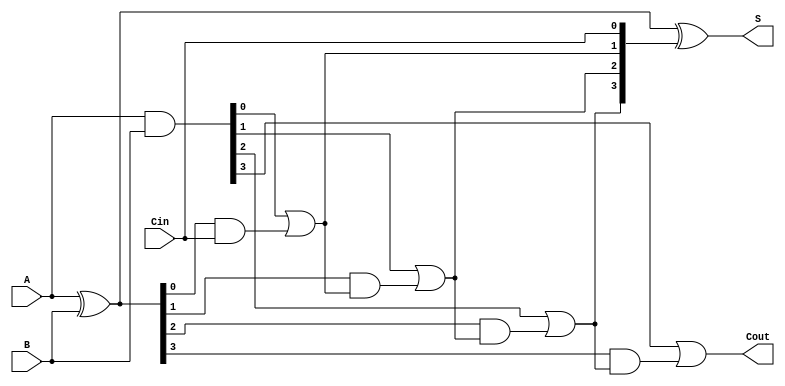
module manchester_carry_chain_adder (
    input  [3:0] A,     // 4-bit input A
    input  [3:0] B,     // 4-bit input B
    input        Cin,    // Carry-in
    output [3:0] S,     // 4-bit sum output
    output       Cout    // Carry-out
);
    wire [3:0] P;  // Propagate signals
    wire [3:0] G;  // Generate signals
    wire [3:0] C;  // Carry signals

    // Generate and propagate signals
    assign P = A ^ B;     // Propagate: P[i] = A[i] XOR B[i]
    assign G = A & B;     // Generate: G[i] = A[i] AND B[i]

    // Carry computation using Manchester carry chain logic
    assign C[0] = G[0] | (P[0] & Cin);  // Carry out from bit 0
    assign C[1] = G[1] | (P[1] & C[0]); // Carry out from bit 1
    assign C[2] = G[2] | (P[2] & C[1]); // Carry out from bit 2
    assign C[3] = G[3] | (P[3] & C[2]); // Carry out from bit 3

    // Sum calculation
    assign S = P ^ {C[2:0], Cin}; // Sum calculation

    // Final carry out
    assign Cout = C[3];

endmodule